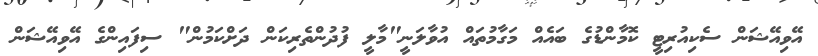
އޭވިއޭޝަން ސެކިއުރިޓީ ކޮމާންޑުގެ ބައެއް މަގާމުތައް އުވާލަނީ"މާލީ ފުދުންތެރިކަން ދަށްކަމުން" ސިފައިންގެ އޭވިއޭޝަން